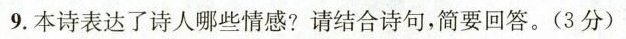
9.本诗表达了诗人哪些情感?请结合诗句，简要回答。(3分)